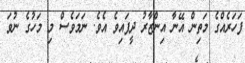
ފަހަރެއްގެ މަތިން އޭނާ އިންޒާރު ދީފައިވެ އެވެ. ނަމަވެސް މި މަހުގެ ނުވަ